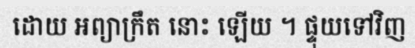
ដោយ អព្យាក្រឹត នោះ ឡើយ ។ ផ្ទុយទៅវិញ